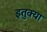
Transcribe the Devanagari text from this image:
इतुक्या